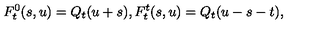
F _ { t } ^ { 0 } ( s , u ) = Q _ { t } ( u + s ) , F _ { t } ^ { t } ( s , u ) = Q _ { t } ( u - s - t ) ,